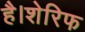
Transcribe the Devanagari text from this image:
है।शेरिफ